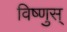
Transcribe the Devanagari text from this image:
विष्णुस्